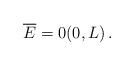
LaTeX: \begin{align*}\overline E &= 0 (0,L)\,.\end{align*}